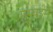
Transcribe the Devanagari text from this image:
मुम्बईमे